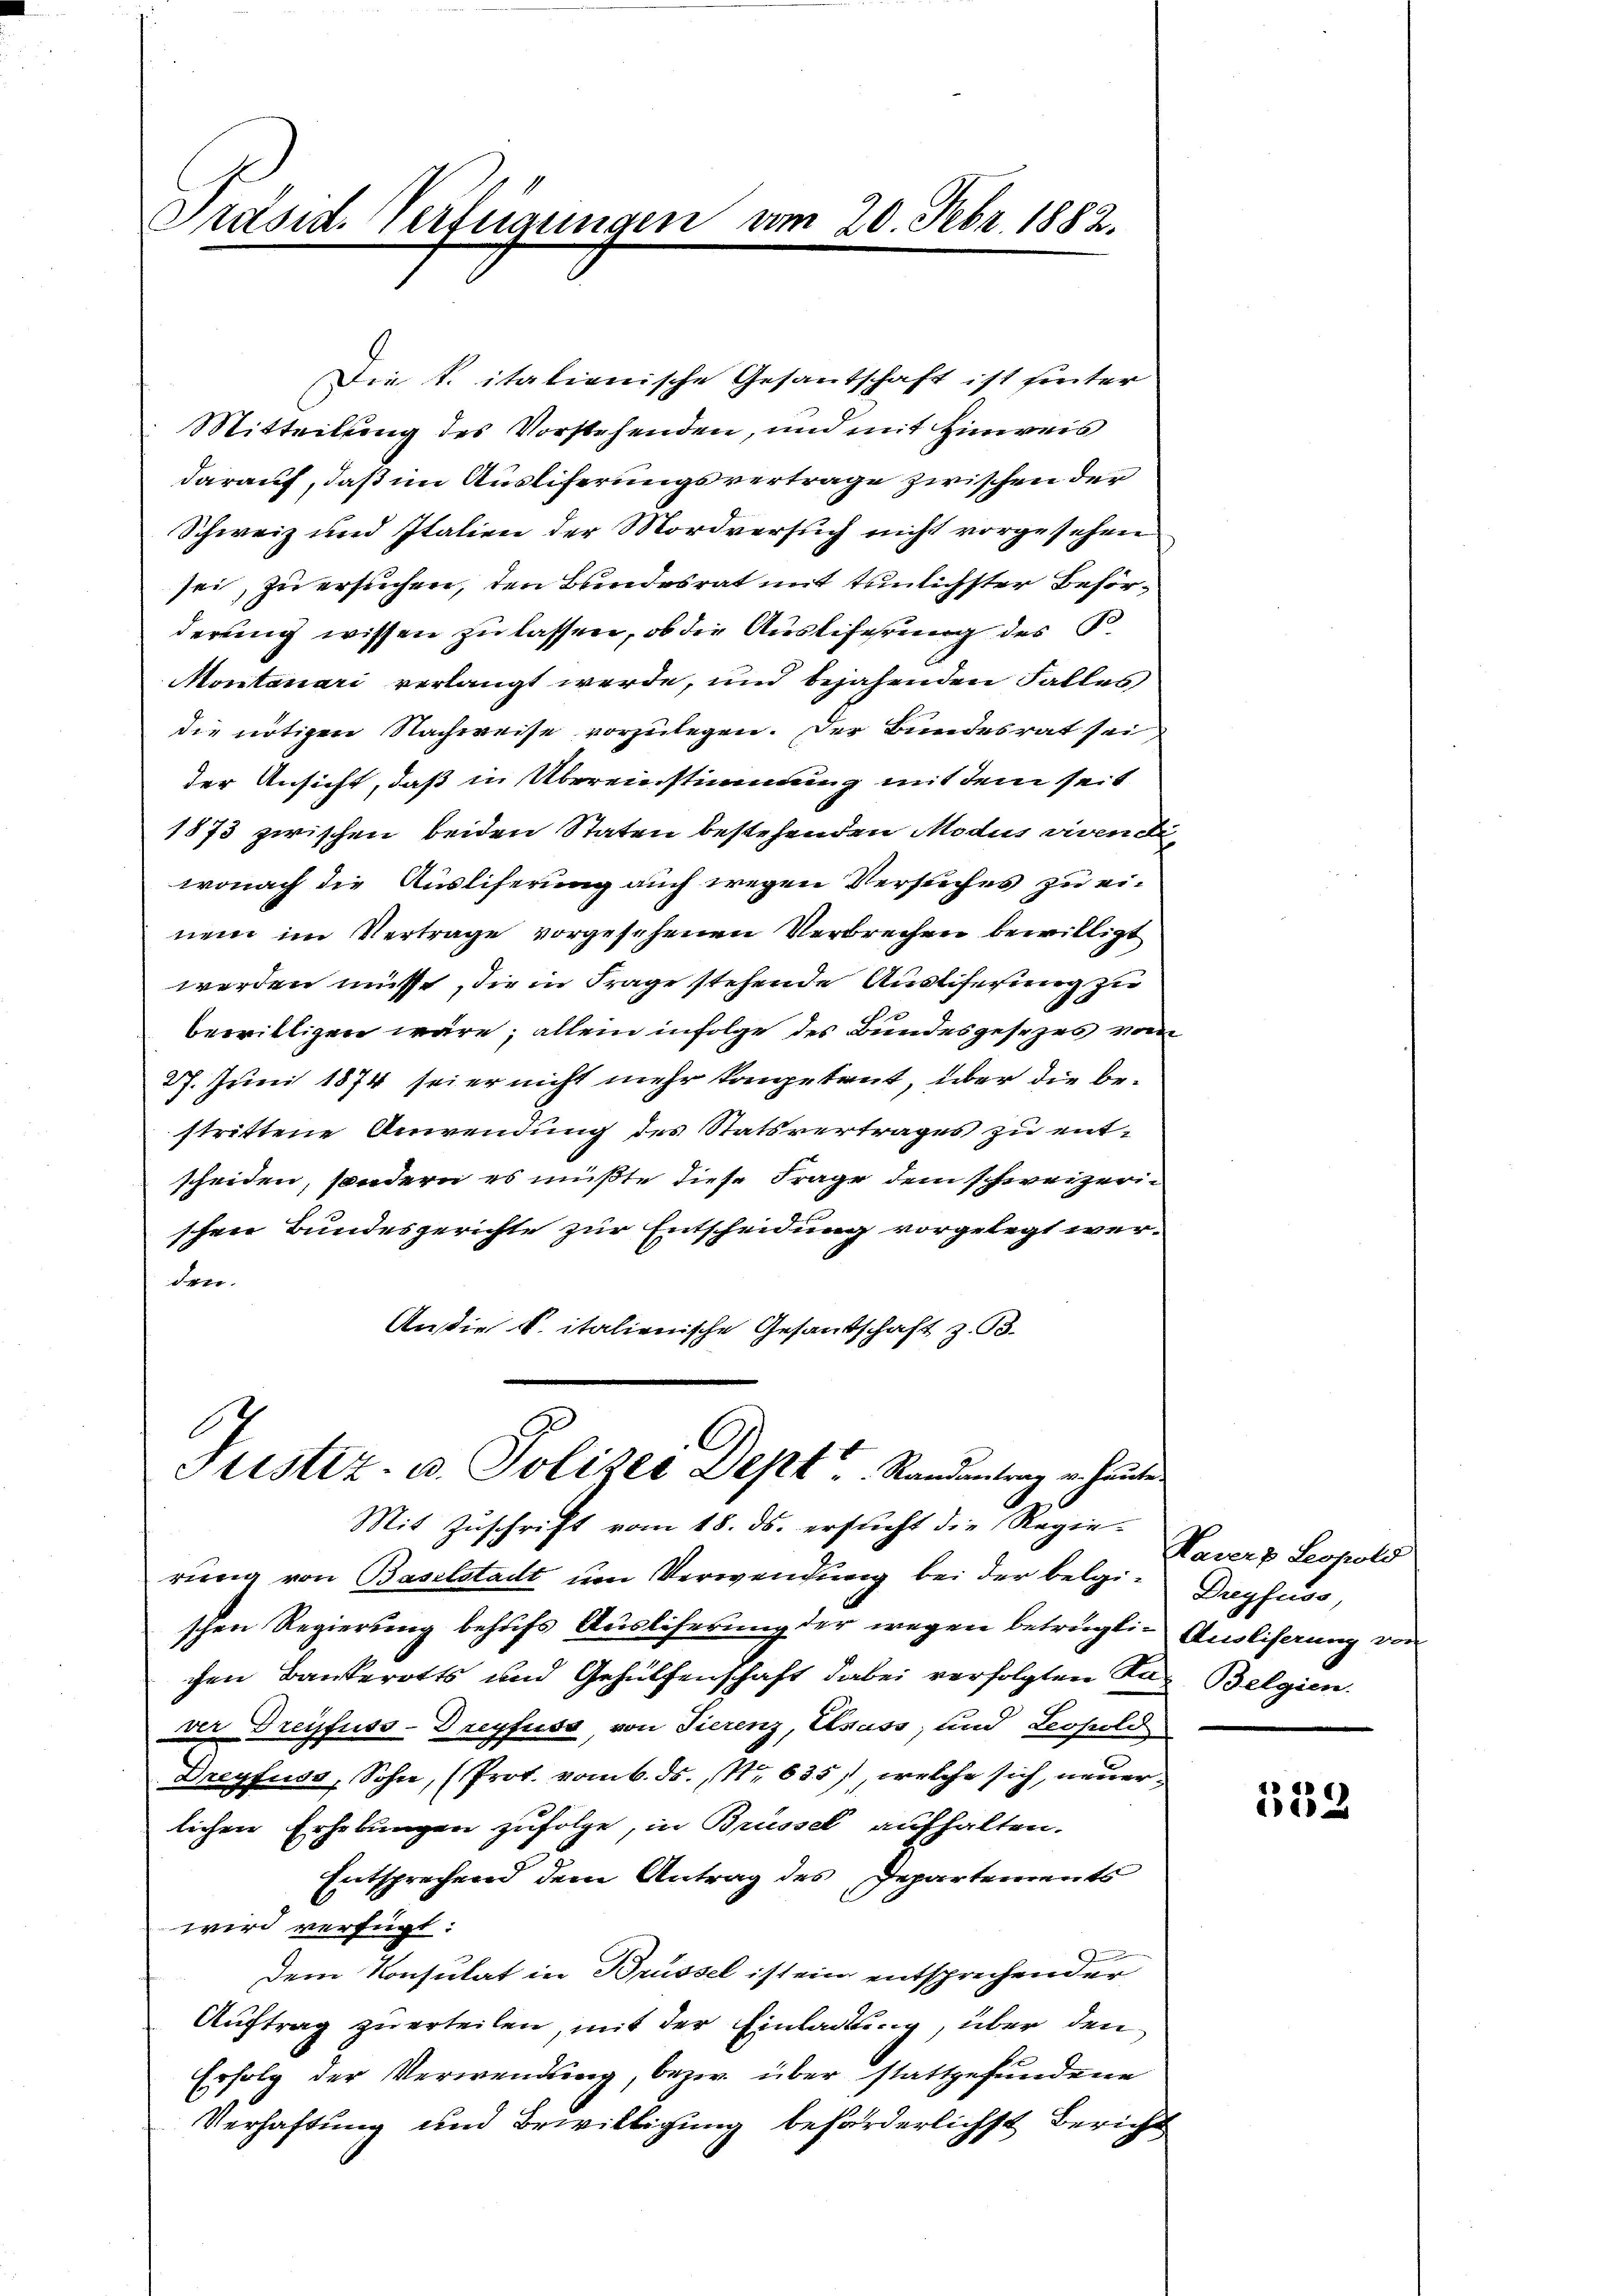
Präsid. Verfügungen vom 20. Febr. 1882.

Die k. italienische Gesantschaft ist hinter
Mitteilung des Vorstehenden, und mit Hinweis
darauf, daß im Ausliferungsvertrage zwischen der
Schweiz und Italien der Mordversuch nicht vorgesehen
sei, zu ersuchen, den Bundesrat mit temlichster Beförderung wissen zu lassen, ob die Ausbefehrung des P.
Montanari verlangt werde, und bejahenden Falles
die nötigen Nachweise vorzulegen. Der Bundesrat sei,
der Ansicht, daß in Übereinstimmung mit dem seit
1873 zwischen beiden Staten bestehenden Modus vivende
wonach die Ausliferung auch wegen Versuches zu einem im Vertrage vorgesehenen Verbrechen bewilligt
werden müsst, die in Frage stehende Auslieferung zu
e
bewilligen wäre; allein infolge des Bundesgesezes vom
27. Juni 1874 sei er nicht mehr kongetaut, über die bestrittene Anwendung des Statsvertrages zu entscheiden, sondern es mußte diese Frage dem schweizerischen Bundesgerichte zur Entscheidung vorgelegt wer-
den.
An die k. italienische Gesandschaft z. B.

Justiz- u. Polizei Dept. Standentrag er heute
Mit Zuschrift vom 18. ds. ersucht die Regie-

rung von Baselstadt um Verwendung bei der belgi- Dreyfuss,
schen Regierung behufs Auslicherung der wegen betrügli- Ausliserung von
chen Bankerotts und Gehülfenschaft dabei verfolgten Tag Belgien.
ver Dreyfuss-Drepfuss, von Tierenz, Ususs, und Leopold
Dreyfuss, Sohn, (Prot. vom 6. ds., Nr. 635), welche sich, neuerlichen Erhebungen zufolge, in Brüssel aufhalten.
Entsprechend dem Antrag des Departements
wird verfügt:
Dem Konsulat in Brüssel ist ein entsprechender
Auftrag zu erteilen, mit der Einladung, über den
Erfolg der Verwendung, bezw. über stattgefundene
Verhaftung und Bewilligung beförderlichst Bericht

Kasers Leopold

332